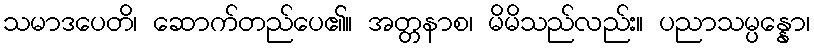
သမာဒပေတိ၊ ဆောက်တည်ပေ၏။ အတ္တနာစ၊ မိမိသည်လည်း။ ပညာသမ္ပန္နော၊